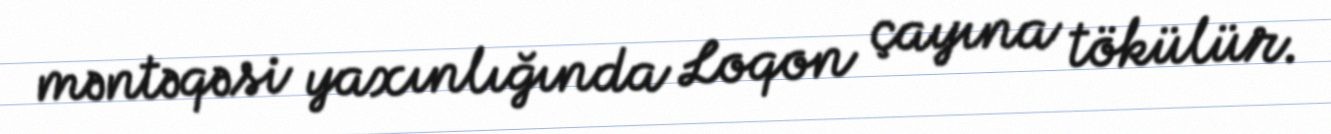
məntəqəsi yaxınlığında Loqon çayına tökülür.